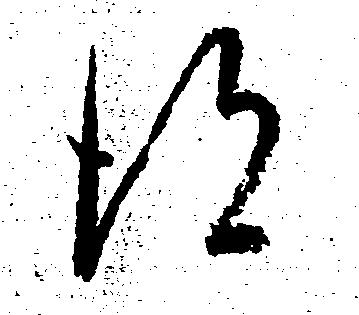
得